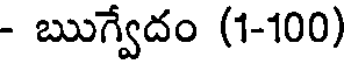
- ఋగ్వేదం (1-100)